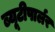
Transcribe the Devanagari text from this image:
ब्यूटीपार्लर